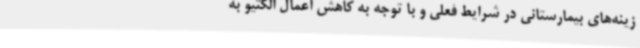
زینه‌های بیمارستانی در شرایط فعلی و با توجه به کاهش اعمال الکتیو به